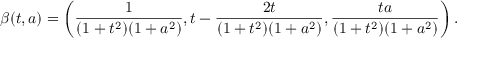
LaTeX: \beta ( t , a ) = \left( { \frac { 1 } { ( 1 + t ^ { 2 } ) ( 1 + a ^ { 2 } ) } } , t - { \frac { 2 t } { ( 1 + t ^ { 2 } ) ( 1 + a ^ { 2 } ) } } , { \frac { t a } { ( 1 + t ^ { 2 } ) ( 1 + a ^ { 2 } ) } } \right) .